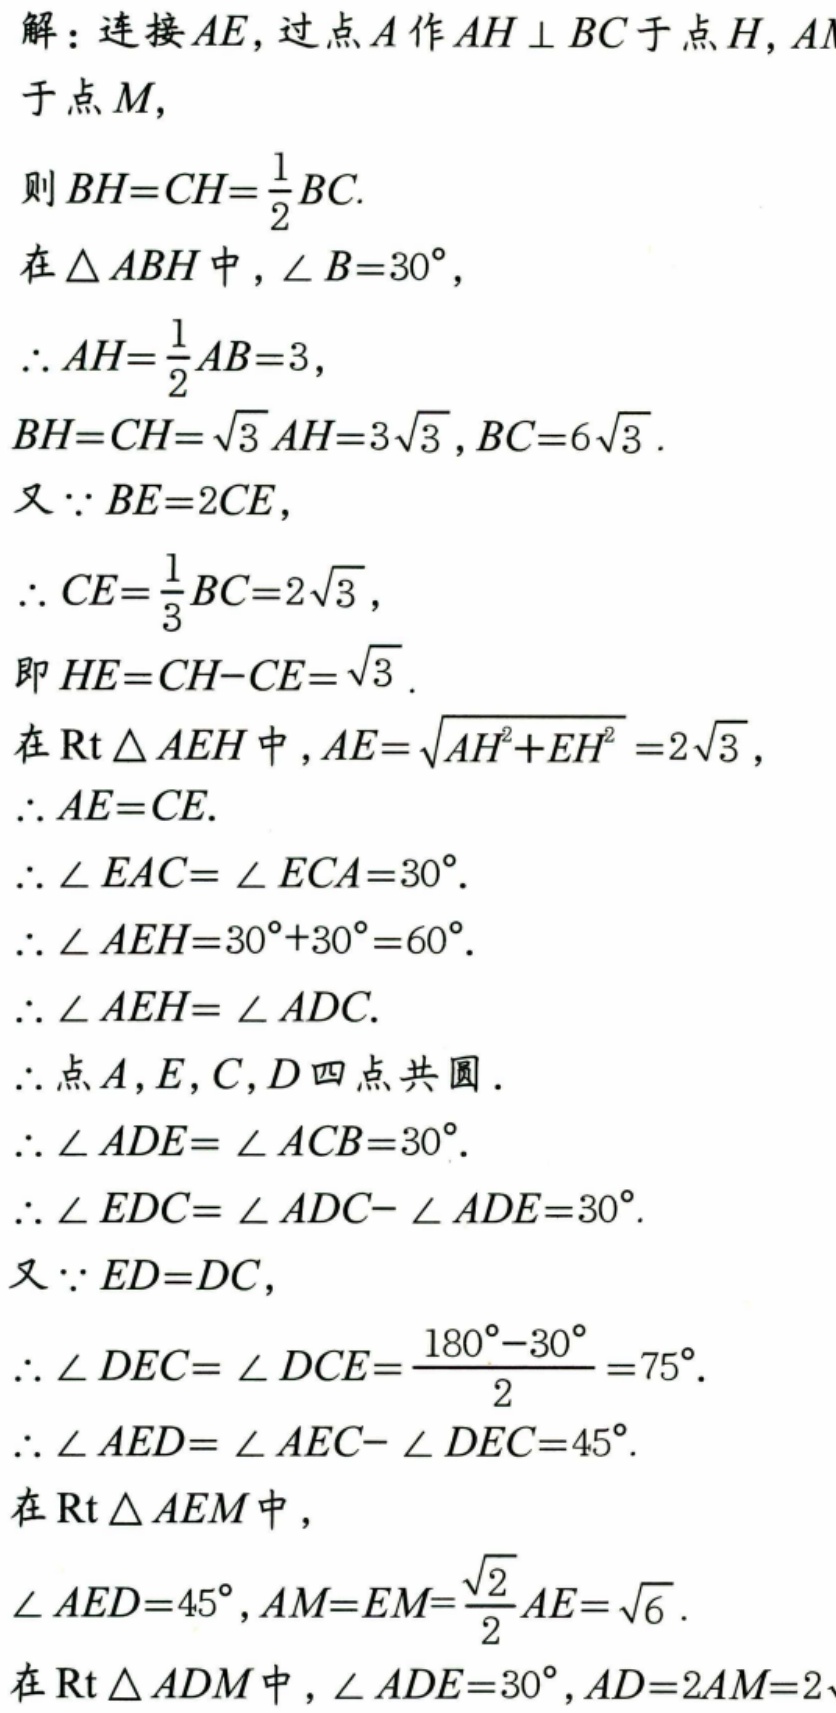
解：连接$AE$，过点$A$作$AH\perp BC$于点$H$，$AM$于点$M$，
则$BH = CH=\frac{1}{2}BC$.
在$\triangle ABH$中，$\angle B = 30^{\circ}$，
$\therefore AH=\frac{1}{2}AB = 3$，
$BH = CH=\sqrt{3}AH = 3\sqrt{3}$，$BC = 6\sqrt{3}$.
又$\because BE = 2CE$，
$\therefore CE=\frac{1}{3}BC = 2\sqrt{3}$，
即$HE = CH - CE=\sqrt{3}$.
在$\text{Rt}\triangle AEH$中，$AE=\sqrt{AH^{2}+EH^{2}} = 2\sqrt{3}$，
$\therefore AE = CE$.
$\therefore\angle EAC=\angle ECA = 30^{\circ}$.
$\therefore\angle AEH=30^{\circ}+30^{\circ}=60^{\circ}$.
$\therefore\angle AEH=\angle ADC$.
$\therefore$点$A$，$E$，$C$，$D$四点共圆.
$\therefore\angle ADE=\angle ACB = 30^{\circ}$.
$\therefore\angle EDC=\angle ADC-\angle ADE = 30^{\circ}$.
又$\because ED = DC$，
$\therefore\angle DEC=\angle DCE=\frac{180^{\circ}-30^{\circ}}{2}=75^{\circ}$.
$\therefore\angle AED=\angle AEC-\angle DEC = 45^{\circ}$.
在$\text{Rt}\triangle AEM$中，
$\angle AED = 45^{\circ}$，$AM = EM=\frac{\sqrt{2}}{2}AE=\sqrt{6}$.
在$\text{Rt}\triangle ADM$中，$\angle ADE = 30^{\circ}$，$AD = 2AM = 2$